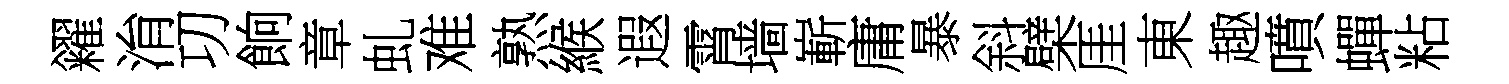
糴㳙㓛餉章虬难熟緱遐霄墙嶄庸暴斜檗厓東趣噴蟬粘